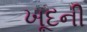
ખૂદની